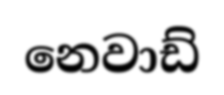
නෙවාඩ්